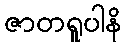
ဇာတရူပါနိ